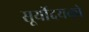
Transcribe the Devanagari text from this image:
सूर्योदयको